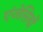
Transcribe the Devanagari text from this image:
एंजेसियों